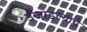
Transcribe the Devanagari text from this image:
उजाडल्याचे